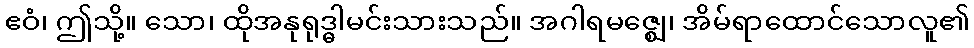
ဧဝံ၊ ဤသို့။ သော၊ ထိုအနုရုဒ္ဓါမင်းသားသည်။ အဂါရမဇ္ဈေ၊ အိမ်ရာထောင်သောလူ၏